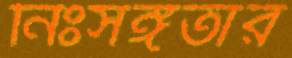
নিঃসঙ্গতার